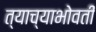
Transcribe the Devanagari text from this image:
त्याच्याभोवतीं